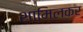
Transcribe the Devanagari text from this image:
शामिलकर